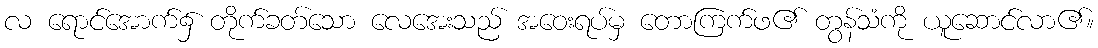
လ ရောင်အောက်၌ တိုက်ခတ်သော လေအေးသည် အဝေးရပ်မှ တောကြက်ဖ၏ တွန်သံကို ယူဆောင်လာ၏။